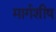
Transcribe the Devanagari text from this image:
मार्गशीष